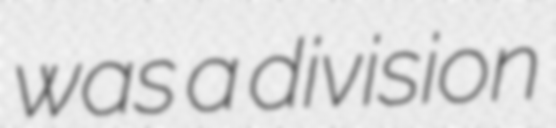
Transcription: was a division